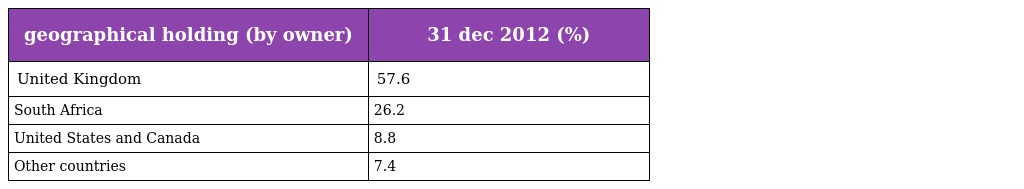
| geographical holding (by owner) | 31 dec 2012 (%) |
 | --- | --- |
 | United Kingdom | 57.6 |
 | South Africa | 26.2 |
 | United States and Canada | 8.8 |
 | Other countries | 7.4 |